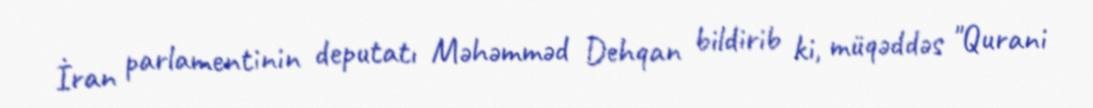
İran parlamentinin deputatı Məhəmməd Dehqan bildirib ki, müqəddəs "Qurani